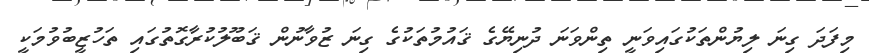
މިފަދަ ގިނަ ލިޔުންތަކުގައިވަނީ ތިންވަނަ ދުނިޔޭގެ ޤައުމުތަކުގެ ގިނަ ޒުވާނުން ޤަބޫލުކުރާގޮތުގައި ތަހުޒީބުވުމަކީ